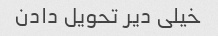
خیلی دیر تحویل دادن